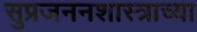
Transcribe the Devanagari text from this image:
सुप्रजननशास्त्राच्या